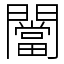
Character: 闣